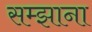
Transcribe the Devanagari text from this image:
सम्झाना